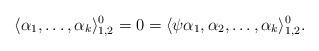
LaTeX: \begin{align*}\langle \alpha_1,\dots,\alpha_k\rangle_{1,2}^0=0=\langle \psi \alpha_1,\alpha_2,\dots,\alpha_k\rangle_{1,2}^0.\end{align*}